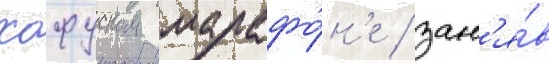
хофуском марафо́н'е / зан'я́в